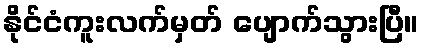
နိုင်ငံကူးလက်မှတ် ပျောက်သွားပြီ။